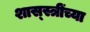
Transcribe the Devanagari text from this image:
शास्स्त्रींच्या